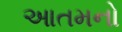
આતમનો